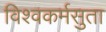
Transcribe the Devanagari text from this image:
विश्वकर्मसुता